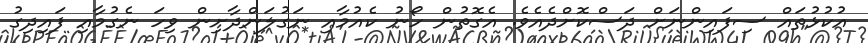
އުކުޅުތައް ސިފައިންނަށް ދަސްކޮށްދެއެވެ. އެގޮތުން ހޯނު ކެއުމާއި ނަގުލަންދާށިން ވިހަ ނެގުމާއި ފައިދިގު